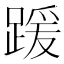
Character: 𫏖